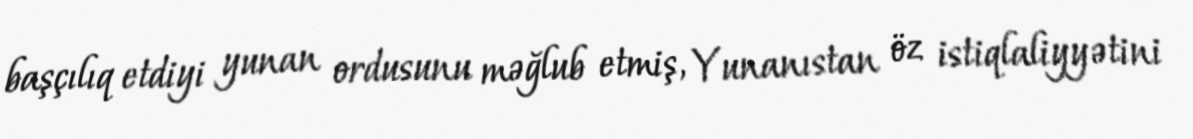
başçılıq etdiyi yunan ordusunu məğlub etmiş, Yunanıstan öz istiqlaliyyətini